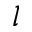
l